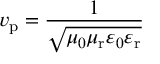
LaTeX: v _ { \mathrm { p } } = { \frac { 1 } { \sqrt { \mu _ { 0 } \mu _ { \mathrm { r } } \varepsilon _ { 0 } \varepsilon _ { \mathrm { r } } } } }